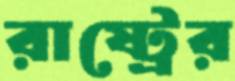
রাষ্ট্রের